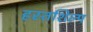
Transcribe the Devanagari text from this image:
हस्तशिल्‍प